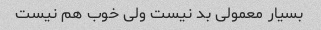
بسیار معمولی بد نیست ولی خوب هم نیست